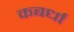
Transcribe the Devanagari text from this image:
कबर्धा